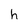
Character: h